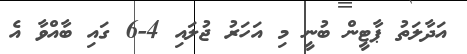
އަދާލަތު ޕާޓީން ބުނީ މި އަހަރު ޖުލައި 4-6 ގައި ބާއްވާ އެ